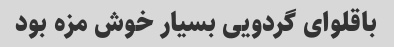
باقلوای گردویی بسیار خوش مزه بود